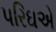
પરિઘએ